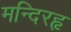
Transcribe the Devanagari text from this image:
मन्दिरहृ